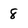
Character: 8